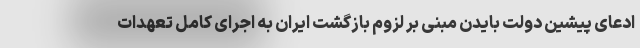
ادعای پیشین دولت بایدن مبنی بر لزوم بازگشت ایران به اجرای کامل تعهدات